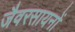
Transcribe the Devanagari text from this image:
जैवरसायनों